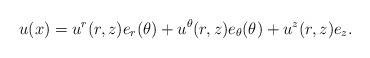
LaTeX: \begin{align*}u(x)=u^{r}(r,z)e_{r}(\theta)+u^{\theta}(r,z)e_{\theta}(\theta)+u^{z}(r,z)e_{z}.\end{align*}